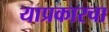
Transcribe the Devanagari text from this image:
याप्रकारचा